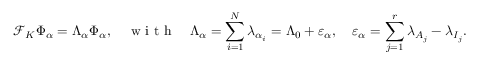
\mathcal { F } _ { K } \Phi _ { \alpha } = \Lambda _ { \alpha } \Phi _ { \alpha } , \quad \mathrm { ~ w ~ i ~ t ~ h ~ } \quad \Lambda _ { \alpha } = \sum _ { i = 1 } ^ { N } \lambda _ { \alpha _ { i } } = \Lambda _ { 0 } + \varepsilon _ { \alpha } , \quad \varepsilon _ { \alpha } = \sum _ { j = 1 } ^ { r } \lambda _ { A _ { j } } - \lambda _ { I _ { j } } .